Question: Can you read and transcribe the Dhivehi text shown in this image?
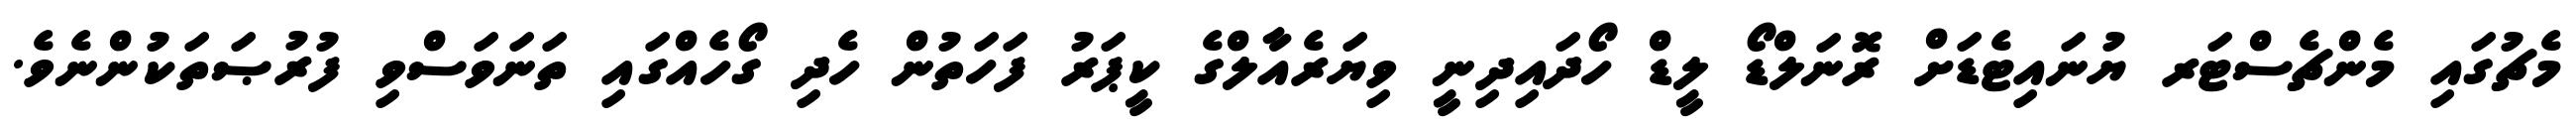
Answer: މެޗުގައި މެންޗެސްޓަރ ޔުނައިޓެޑަށް ރޮނަލްޑޯ ލީޑް ހޯދައިދިނީ ވިޔަރެއާލްގެ ކީޕަރު ފަހަތުން ހެދި ގޯހެއްގައި ތަނަވަސްވި ފުރުޞަތަކުންނެވެ.